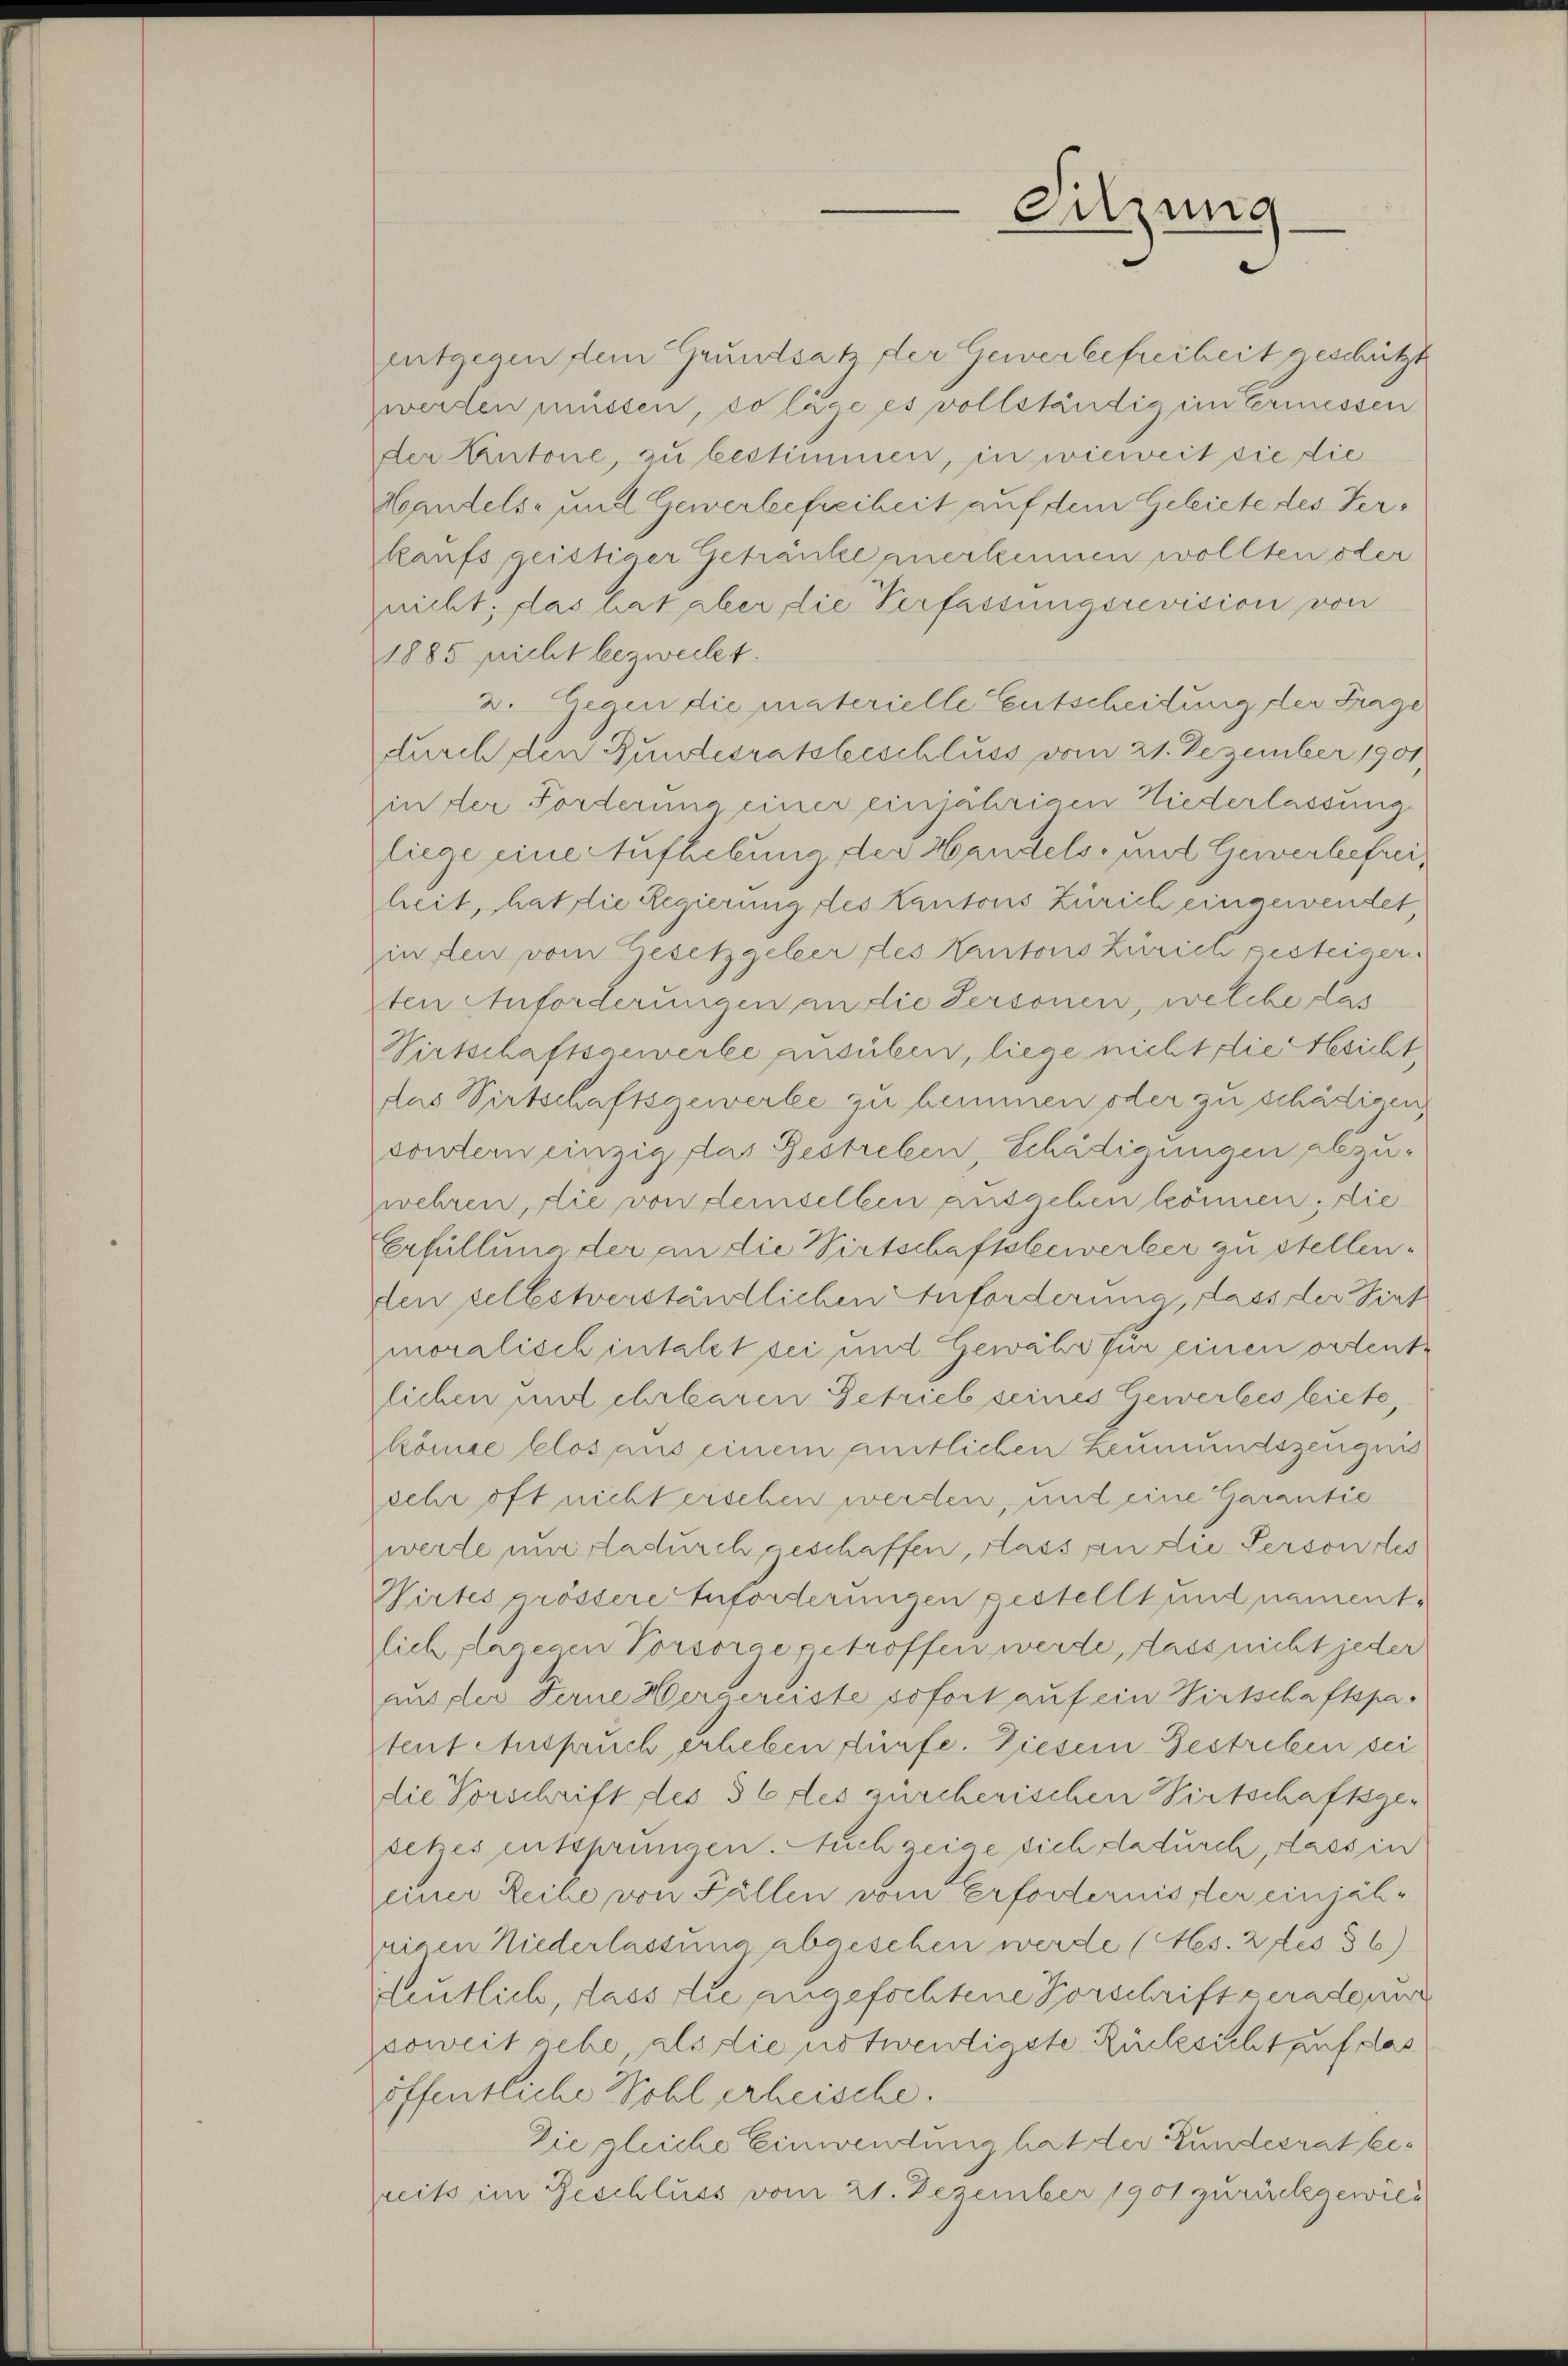
entgegen dem Grundsatz der Gewerbefreiheit geschützt
werden müssen, so läge es vollständig im Ermessen
der Antone, zu bestimmen, in wieweit sie die
Handels- und Gewerbefreiheit auf dem Gebiete des Verkaufs geistiger Getränke anerkennen wollten oder
nicht; das hat aber die Verfassungsrevision von
1885 nicht bezweckt.
2. Gegen die materielle Entscheidung der Frage
durch den Bundesratsbeschluss vom 21. Dezember 1901
in der Forderung einer einjährigen Niederlassung
liege eine Aufhebung der Handels- und Gewerbefreiheit, hat die Regierung des Kantons Zürich eingewendet,
in den vom Gesetzgeleer des Kantons Zürich gesteiger.
ten Anforderungen an die Personen, welche das
Wirtschaftsgewerke ausüben, liege nicht die sicht,
das Virtschaftsgewerbe zu hemmen oder zu schädigen,
contern einzig las Bestreben Schädigungen abzuzwehren, die von demselben ausgeben können. Die
Erfüllung der an die Wirtschaftsbewerber zu stellenden selbstverständlichen Anforderung, dass der Tint
moralisch intalet sei und Gewähr für einen ordente
lichen mit ehrbaren Getrieb seines Gewerbes biete,
könne blos aus einem amtlichen Leumundszeugnis
sehr oft nichterschen werden, mit eine Garantie
werde nur dadurch geschaffen, dass an die Person des
Wirtes grössere Anforderungen gestellt und nament-
lich, dagegen Vorsorge getroffen werde, dass nicht jeder
aus der Ferne Hergereiste sofort auf ein Wirtschaftspatent Anspruch erheben dürfe. Diesem Gestreben sei
die Vorschrift des § 6 des zürcherischen Wirtschaftsge-
setzes entsprungen. Auch zeige sich dadurch, dass in
einer Reihe von Fällen vom Erfordernis der einjährigen Niederlassung abgesehen werde (Hes. 2 des 36)
deutlich, dass die angefochtene Vorschrift geradene
soweit gehe als die notwendigste Rücksicht auf das
öffentliche Wohl erheische.
Sie gleiche Einwendung hat der Bundesrat bereits im Geschluss vom 21. Dezember 1901 zurückgewie¬

Sitzung